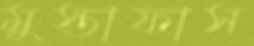
মুস্তাফাস